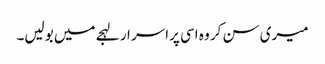
میری سن کر وہ اسی پراسر ار لہجے میں بولیں۔